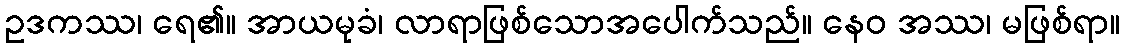
ဥဒကဿ၊ ရေ၏။ အာယမုခံ၊ လာရာဖြစ်သောအပေါက်သည်။ နေဝ အဿ၊ မဖြစ်ရာ။